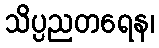
သိပ္ပညတရေန၊